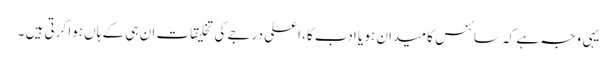
یہی وجہ ہے کہ سائنس کا میدان ہو یا ادب کا، اعلی درجے کی تخلیقات ان ہی کے ہاں ہوا کرتی ہیں ۔